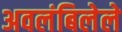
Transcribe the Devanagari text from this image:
अवलंबिलेले